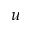
u